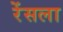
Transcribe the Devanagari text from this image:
रेंसला